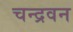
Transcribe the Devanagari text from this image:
चन्द्रवन